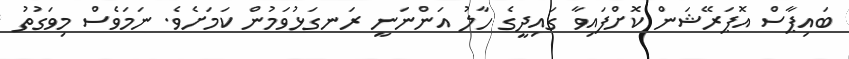
ބައިޕާސް އޮޕަރޭޝަން ކޮށްފައިވާ ގައިދީގެ ހާލު އަންނަނީ ރަނގަޅުވަމުން ކަމަށެެވެ. ނަމަވެސް މިވަގުތު